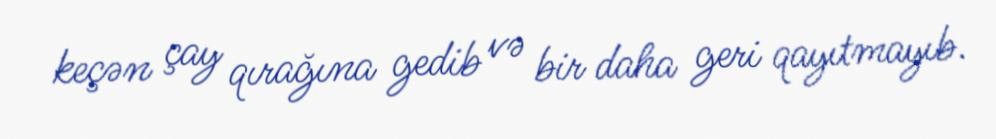
keçən çay qırağına gedib və bir daha geri qayıtmayıb.